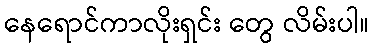
နေရောင်ကာလိုးရှင်း တွေ လိမ်းပါ။